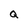
Character: Q